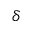
\protect \delta